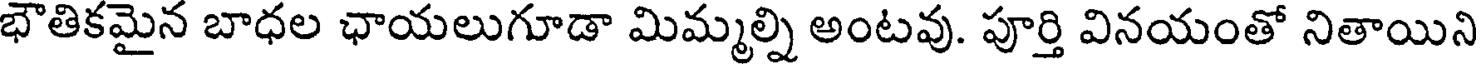
భౌతికమైన బాధల ఛాయలుగూడా మిమ్మల్ని అంటవు. పూర్తి వినయంతో నితాయిని